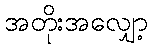
အတိုးအလျှော့